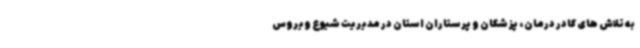
به تلاش های کادر درمان، پزشکان و پرستاران استان در مدیریت شیوع ویروس